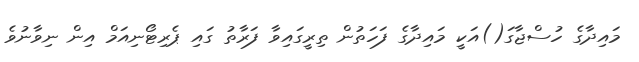
މައިދާގެ ހުސްޖާގަ()އަކީ މައިދާގެ ފަހަތުން ތިރީގައިވާ ފަރާތު ގައި ޕެރިޓޯނިއަމް އިން ނިވާނުވެ